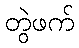
တွဲဖက်